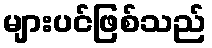
များပင်ဖြစ်သည်